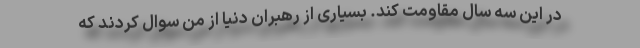
در این سه سال مقاومت کند. بسیاری از رهبران دنیا از من سوال کردند که